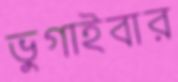
ভুগাইবার